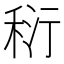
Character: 𥞟